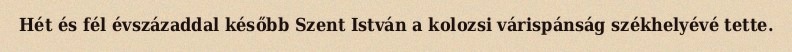
Hét és fél évszázaddal később Szent István a kolozsi várispánság székhelyévé tette.